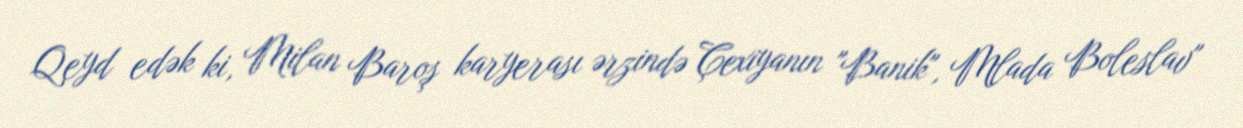
Qeyd edək ki, Milan Baroş karyerası ərzində Çexiyanın "Banik", Mlada Boleslav"